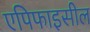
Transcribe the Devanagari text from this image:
एपिफाइसील